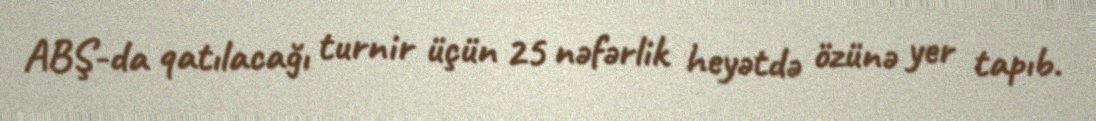
ABŞ-da qatılacağı turnir üçün 25 nəfərlik heyətdə özünə yer tapıb.